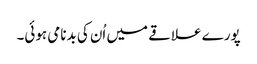
پورے علاقے میں اُن کی بدنامی ہوئی۔